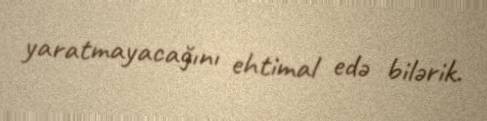
yaratmayacağını ehtimal edə bilərik.